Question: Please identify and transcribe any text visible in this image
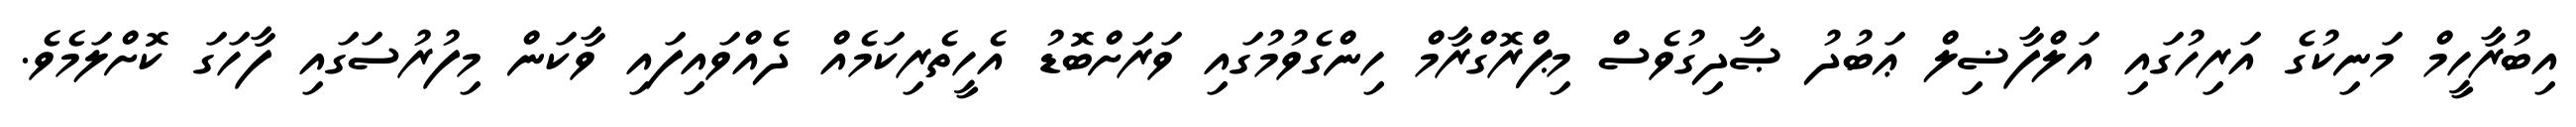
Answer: އިބުރާހީމް މަނިކުގެ އަރިހުގައި އަލްފާޟިލް ޢަބުދު ޞާދިގުވެސް މިޕްރޮގްރާމް ހިންގެވުމުގައި ވަރަށްބޮޑު އެހީތެރިކަމެއް ދެއްވައިފައި ވާކަން މިފުރުސަގައި ފާހަގަ ކޮށްލަމެވެ.